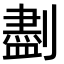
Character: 𪟖